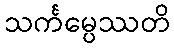
သင်္ကမ္ပေဿတိ